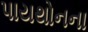
પાયથોનના